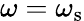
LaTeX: \omega=\omega_{\mathrm{s}}